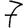
Digit: 7